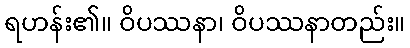
ရဟန်း၏။ ဝိပဿနာ၊ ဝိပဿနာတည်း။